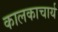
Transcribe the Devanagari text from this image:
कालकाचार्य